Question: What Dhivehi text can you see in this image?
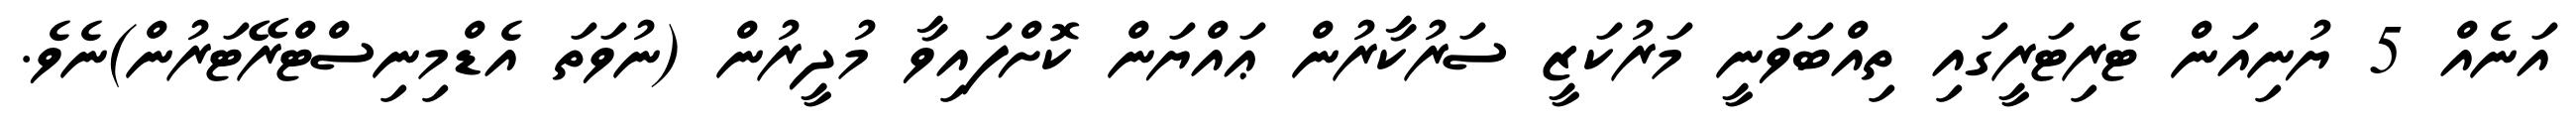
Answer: އަނެއް 5 ޔުނިއަން ޓެރިޓަރީގައި ތިއްބަވަނީ މަރުކަޒީ ސަރުކާރުން ޢައްޔަން ކޮށްފައިވާ މުދީރުން (ނުވަތަ އެޑްމިނިސްޓްރޭޓަރުން)ނެވެ.